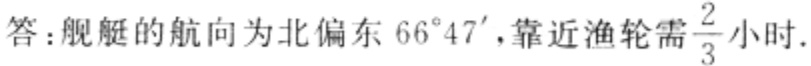
答：舰艇的航向为北偏东 \(66^{\circ}47'\)，靠近渔轮需 \(\frac{2}{3}\) 小时.